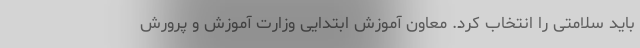
باید سلامتی را انتخاب کرد. معاون آموزش ابتدایی وزارت آموزش و پرورش